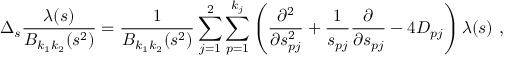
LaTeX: \Delta _ { s } \frac { \lambda ( s ) } { B _ { k _ { 1 } k _ { 2 } } ( s ^ { 2 } ) } = \frac { 1 } { B _ { k _ { 1 } k _ { 2 } } ( s ^ { 2 } ) } \sum _ { j = 1 } ^ { 2 } \sum _ { p = 1 } ^ { k _ { j } } \left( \frac { \partial ^ { 2 } } { \partial s _ { p j } ^ { 2 } } + \frac { 1 } { s _ { p j } } \frac { \partial } { \partial s _ { p j } } - 4 D _ { p j } \right) \lambda ( s ) \ ,